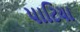
પાટિયા